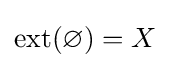
\operatorname {ext} (\varnothing )=X